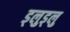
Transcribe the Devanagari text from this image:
ड्लुड्लु